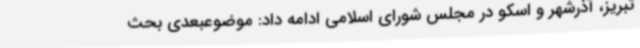
تبریز، آذرشهر و اسکو در مجلس شورای اسلامی ادامه داد: موضوعبعدی بحث